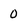
Character: 0